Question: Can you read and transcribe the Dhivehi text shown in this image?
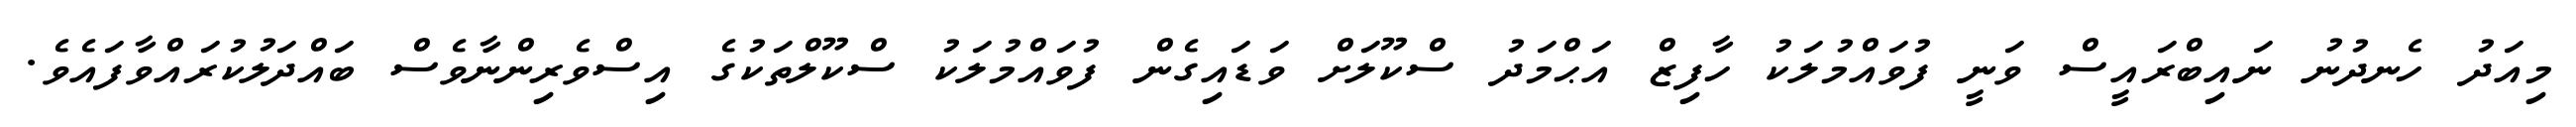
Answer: މިއަދު ހެނދުނު ނައިބްރައީސް ވަނީ ފުވައްމުލަކު ހާފިޒް އަޙްމަދު ސްކޫލަށް ވަޑައިގެން ފުވައްމުލަކު ސްކޫލްތަކުގެ އިސްވެރިންނާވެސް ބައްދަލުކުރައްވާފައެވެ.